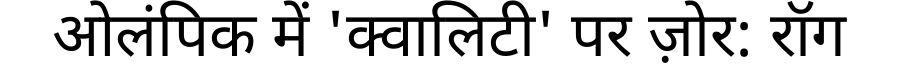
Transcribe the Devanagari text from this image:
ओलंपिक में 'क्वालिटी' पर ज़ोर: रॉग